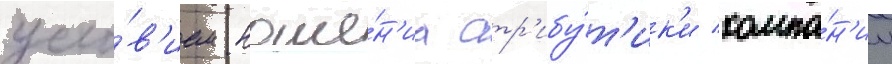
усло́в'ием ноше́н'иа атр'ибу́т'ик'и компа́н'ии